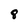
Character: 8